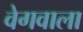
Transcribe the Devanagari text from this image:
वेगवाला